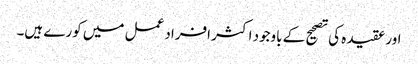
اور عقیدہ کی تصحیح کے باوجود اکثر افراد عمل میں کورے ہیں۔